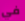
في